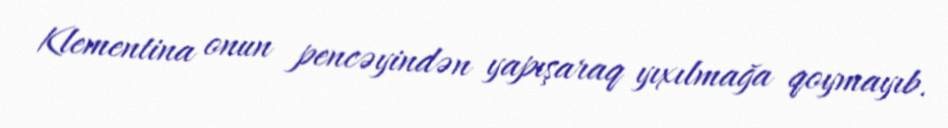
Klementina onun pencəyindən yapışaraq yıxılmağa qoymayıb.